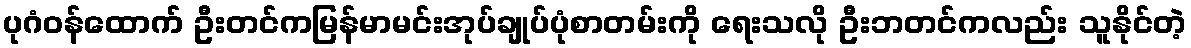
ပုဂံဝန်ထောက် ဦးတင်ကမြန်မာမင်းအုပ်ချုပ်ပုံစာတမ်းကို ရေးသလို ဦးဘတင်ကလည်း သူနိုင်တဲ့